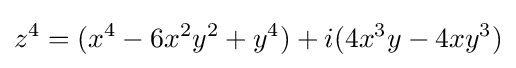
z^{4}=(x^{4}-6x^{2}y^{2}+y^{4})+i(4x^{3}y-4xy^{3})